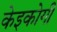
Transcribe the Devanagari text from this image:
केइकोगी